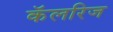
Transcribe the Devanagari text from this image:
कॅलरिज